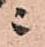
ニ